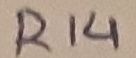
Text: R14